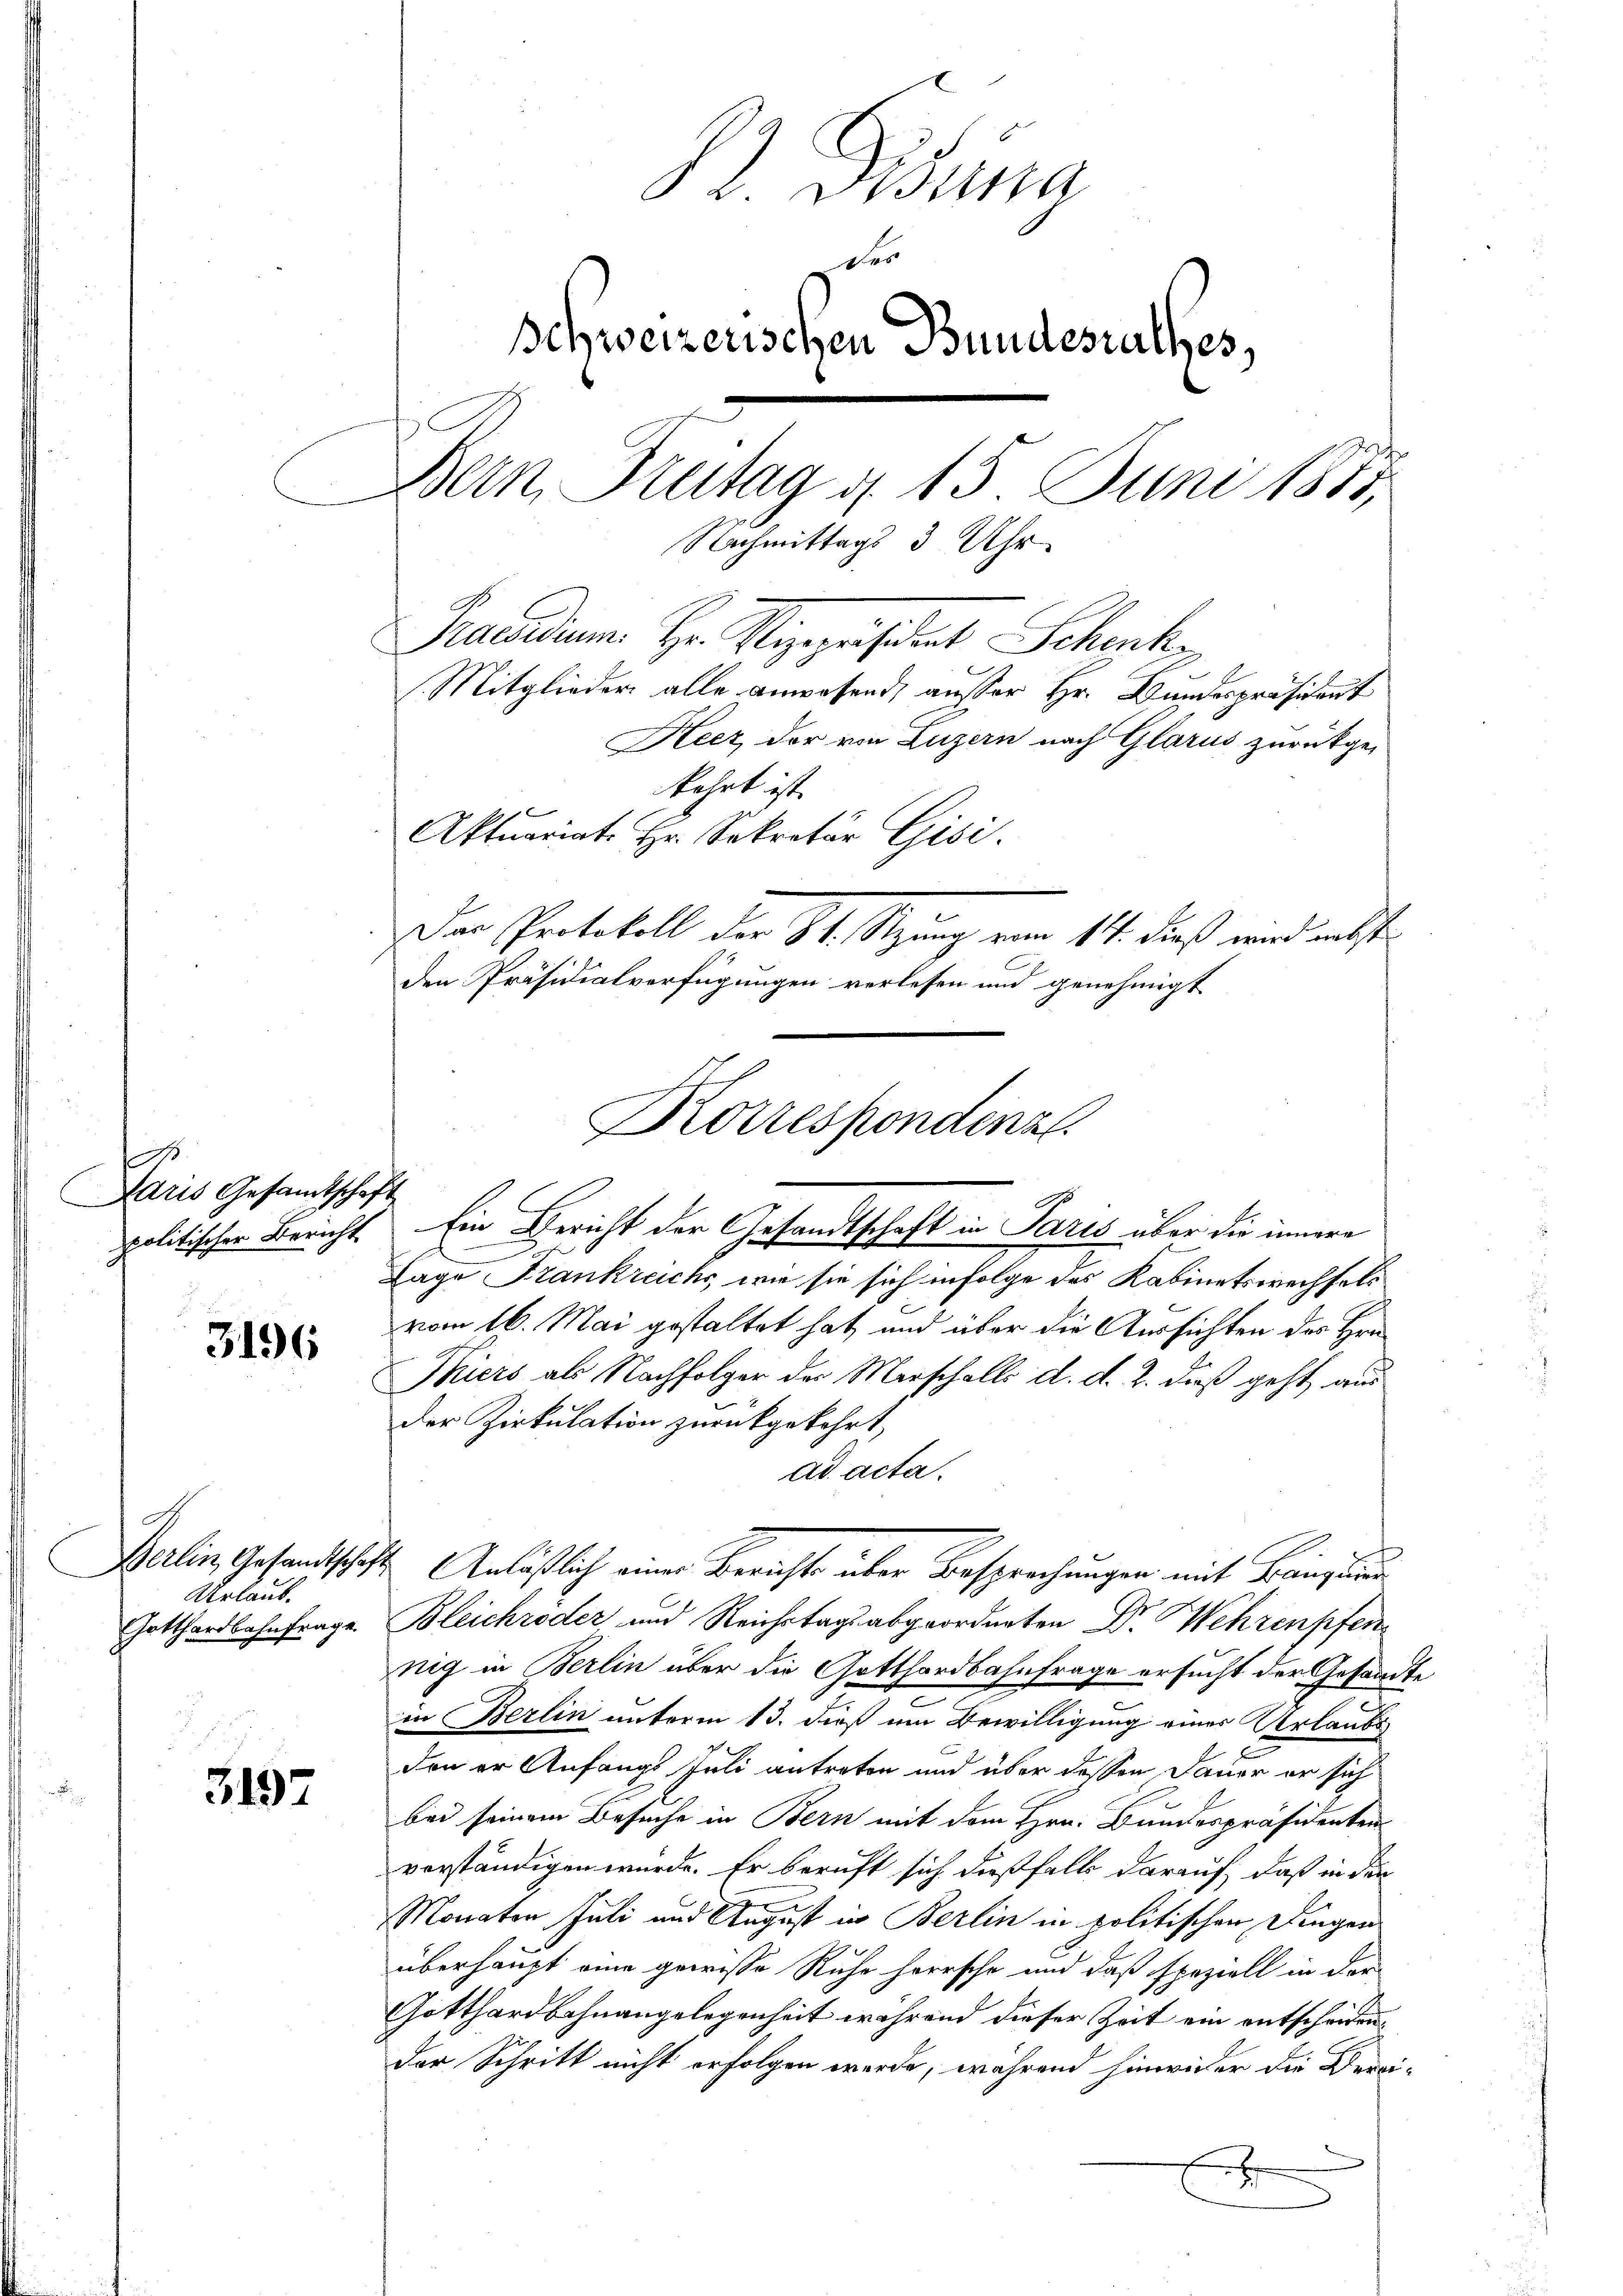
.
Paris Gesandtschaft

3196

Urlaub.

3197

Gidung
des
Schweizerischen Bundesrathes,
Bern Brutag d. 15 Juni 1871
Nachmittags 3 Uhr
Racadem. Hr. Vizepräsideat Schenk
Mitglieder alle anwesend, ausser Hr. Bundespräsident
Heez der von Luzern nach Glarus zurückge¬

kehrt ist.
Aktuariat Hr. Sekretär Gisi.
Der Protokoll der St. Sitzung vom 11. dieß wird nebste
den Präsidialverfügungen verlesen und genehmigt
politischer Bericht. Ein Bericht der Gesandtschaft in Paris über die innere
Lage Frankreichs, wie sie sich infolge des Kabinetswechsels
vom 16. Mai gestaltet hat, und über die Aussichten des Hrn.
Thiers als Nachfolger der Marschalls d. d. 2. dieß geht aus
der Zirkulation zurückgekehrt,
ad acta.
Berlin, Gesandtschaft. Anläßlich einer Berichts über Besprechungen mit Braungarn
Gotthardbahnfrage Bleichröder und Reichstags abgeordneten Dr. Wehrenpfen
nig in Berlin über die Gotthardbahnfrage ersucht der Gesandte
e
in Berlin unterm 13. dieß um Bewilligung eines Verlaubs
den er Anfangs Juli antreten und über dessen Dauer er sich
bei seinem Besuche in Bern mit dem Hrn. Bundespräsidenten
verständigen würde. Er beruft sich dießfalls darauf, daß in den
Monaten Juli und August in Berlin in politischen Dingen
überhaupt eine gewisse Ruhe herrsche und daß speziell in der
Gotthardbahnangelegenheit während dieser Zeit ein entscheidender Schritt nicht erfolgen werde, während hinwider die Berei-

2

Korrespondina